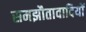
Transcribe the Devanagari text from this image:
समझौतावादियों